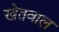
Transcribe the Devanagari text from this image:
खेतवाल